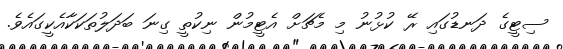
ސިޓީގެ ދަނޑުގައި ރޭ ކުޅުނު މި މެޗަށް އެޓީމުން ނިކުތީ ގިނަ ބަދަލުތަކަކާއެކީގައެވެ.